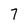
Character: 7